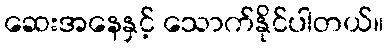
ဆေးအနေနှင့် သောက်နိုင်ပါတယ်။